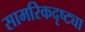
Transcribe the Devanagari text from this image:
सामरिकदृष्ट्या